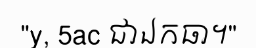
"y, 5ac ជាឯកធា។"